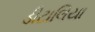
ડીટાલિયા